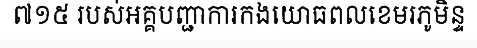
៧១៥ របស់អគ្គបញ្ជាការកងយោធពលខេមរភូមិន្ទ